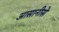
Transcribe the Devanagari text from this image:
आसानीसे